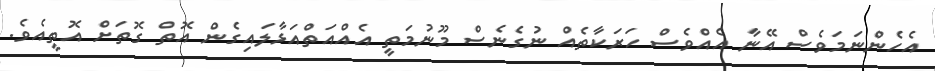
އެހެންނަމަވެސް އޭނާ އެއްވެސް ހަރަކާތެއް ނުގެނެސް މޫނުމަތީ އެއްއަތްއަޅާލައިގެން އޮތް ގޮތަށް އޮތީއެވެ.